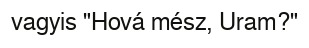
vagyis "Hová mész, Uram?"